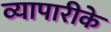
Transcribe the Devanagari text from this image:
व्‍यापारीके